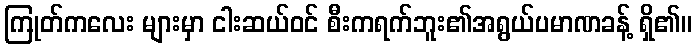
ကြုတ်ကလေး များမှာ ငါးဆယ်ဝင် စီးကရက်ဘူး၏အရွယ်ပမာဏခန့် ရှိ၏။